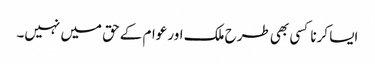
ایسا کرنا کسی بھی طرح ملک اور عوام کے حق میں نہیں۔